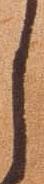
し